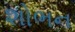
શોભન